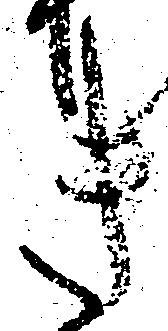
き